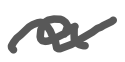
Text: a
Cross-out: wave
Writing tool: digital_gray